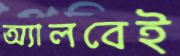
অ্যালবেই